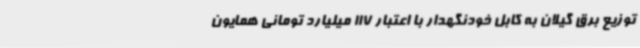
توزیع برق گیلان به کابل خودنگهدار با اعتبار 117 میلیارد تومانی همایون